Memorandum on the prevention of leprosy by segregation of the affected
Disease focus: Leprosy
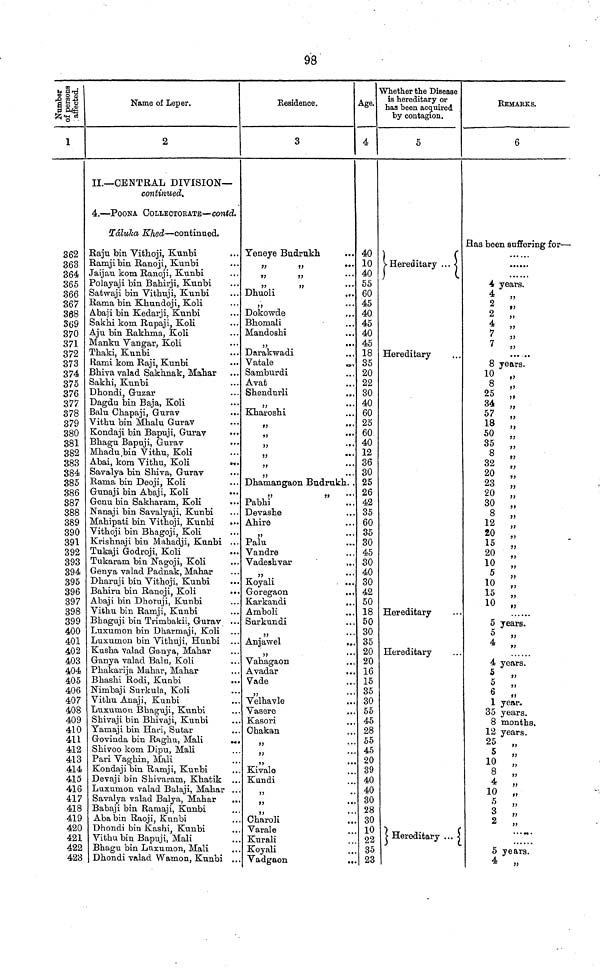
98
Number of persons affected.
1
362
363
364
365
366
367
368
369
370
371
372
373
374
375
376
377
378
379
380
381
382
383
384
385
386
387
388
389
390
391
392
393
394
395
396
397
398
399
400
401
402
403
404
405
406
407
408
409
410
411
412
413
414
415
416
417
418
419
420
421
422
423
Name of Leper.
2
II.—CENTRAL DIVISION—
continued.
4.—POONA COLLECTORATE—Contd.
Táluka Khed—continued.
Raju bin Vithoji, Kunbi
Ramji bin Ranoji, Kunbi
Jaijau kom Ranoji, Kunbi
Polayaji bin Bahirji, Kunbi
Satwaji bin Vithuji, Kunbi
lama bin Khundoji, Koli
Abaji bin Kedarji, Kunbi
Sakhi kom Rupaji, Koli
Aju bin Rakhma, Koli
Manku Vangar, Koli
Thaki, Kunbi
Rami kom Raji, Kunbi
•••
Bhiva valad Sakhnak, Mahar
Sakhi, Kunbi
Dhondi, Guzar
Dagdu bin Baja, Koli
Bala Chapaji, Gurav
Vithu bin Mhalu Gurav
Kondaji bin Bapuji, Gurav
Bhagu Bapuji, Gurav
Mhadu bin Vithu, Koli
Abai, kom Vithu, Koli
3avalya bin Shiva, Gurav
Rama bin Deoji, Koli
Gunaji bin Abaji, Koli
Genu bin Sakharam, Koli
Nanaji bin Savalyaji, Kunbi
Mahipati bin Vithoji, Kunbi
Vithoji bin Bhagoji, Koli
Krishnaji bin Mahadji, Kunbi ...
Tukaji Godroji, Koli
Tukaram bin Ñagoji, Koli
Genya valad Padnak, Mahar
Dharuji bin Vithoji, Kunbi
Bahiru bin Ranoji, Koli
•••
Abaji bin Dhoruji, Kunbi
Vithu bin Ramji, Kunbi
Bhaguji bin Trimbakii, Gurav ...
Luxumon bin Dharmaji, Koli
Luxumon bin Vithuji, Hunbi
Kusha valad Ganya, Mahar
Ganya valad Balu, Koli
Phakarija Mahar, Mahar
Bhashi Rodi, Kunbi
Nimbaji Surkula, Koli
Vithhu Anaji, Kunbi
Luxumon Bhaguji, Kunbi
Shivaji bin Bhivaji, Kunbi
Yamaji bin Hari, Sutar
Govinda bin Raghu, Mali
Shivoo kom Dipu, Mali
Pari Vaghin, Mali
Kondaji bin Ramji, Kunbi
Devaji bin Shivararn, Khatik ..
Luxumon valad Balaji, Mahar ..
Savalya valad Balya, Mahar
..
Babaji bin Ramaji, Kunbi
Aba bin Raoji, Kunbi
Dhondi bin Kashi, Kunbi
Vithu bin Bapuji, Mali
Bhagu bin Luxumon, Mali
Dhondi valad Wamon, Kunbi ..
Residence.
3
Yeneye Budrukh
„
„
•••
Dhuoli
Dokowde
Bhomali
Mandoshi
,,
...
Darakwadi
Vatale
Samburdi
Avat
Shendurli
„
Kharoshi
91
'"
„
„
„
„
„
Dhamangaon Budrukh. .
„ „
Pabhi
Devashe
Ahire
„
Palu
Vandre
Vadeshvar
3)
**
Koyali
...
Goregaon
Karkandi
Amboli
Surkundi
Anjawel
..
„
Vahagaon
Avadar
vade
Velhavle
Vasere
Kasori
Chakan
„
„
Kivale
Kundi
„
„
Charoli
Varale
Kurali
Koyali
Vadgaon
Age.
4
40
10
40
55
60
45
40
45
40
45
18
35
20
22
30
40
60
25
60
40
12
36
30
25
26
42
35
60
35
30
45
30
40
30
42
50
18
50
30
35
20
20
16
15
35
30
55
45
28
55
45
20
39
40
40
30
28
30
10
22
35
23
Whether the Disease
is hereditary or
has been acquired
by contagion.
5
Hereditary
Hereditary
Hereditary
Hereditary
Hereditary
REMARKS.
6
Has been suffering for—
4 years.
4 „
2 „
2 „
4 „
7 „
7
„
8 years.
10 „
8 „
25
„
34 „
57 „
18 „
50 „
35 „
8 „
32 „
20 „
23 „
20 „
30 „
8 „
12 „
20 „
15 „
20 „
10 „
5 ,,
10 „
15 „
10 „
5 years.
5 „
4 „
4 years.
5 „
5 „
6 „
1 year.
35 years.
8 months.
12 years.
25 „
5 „
10 „
8 „
4 „
10 „
5 „
3 „
2 „
5 years.